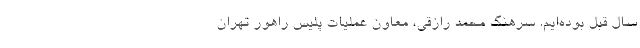
سال قبل بوده‌ایم. سرهنگ محمد رازقی، معاون عملیات پلیس راهور تهران